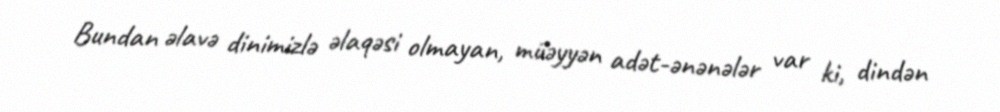
Bundan əlavə dinimizlə əlaqəsi olmayan, müəyyən adət-ənənələr var ki, dindən